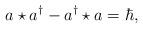
LaTeX: \begin{align*}a \star a^{\dagger} -a^{\dagger} \star a=\hbar ,\end{align*}